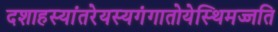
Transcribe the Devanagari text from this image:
दशाहस्यांतरेयस्यगंगातोयेस्थिमज्जति